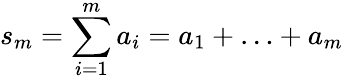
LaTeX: s_{m}=\sum_{i=1}^{m}a_{i}=a_{1}+\ldots+a_{m}